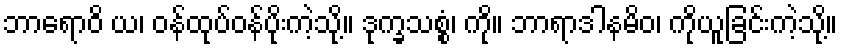
ဘာရောဝိ ယ၊ ဝန်ထုပ်ဝန်ပိုးကဲ့သို့။ ဒုက္ခသစ္စံ၊ ကို။ ဘာရာဒါနမိဝ၊ ကိုယူခြင်းကဲ့သို့။